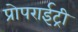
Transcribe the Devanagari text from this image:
प्रोपराईट्री